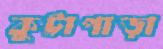
কুট্টাপাড়া